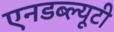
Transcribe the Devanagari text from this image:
एनडब्ल्यूटी